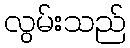
လွမ်းသည်